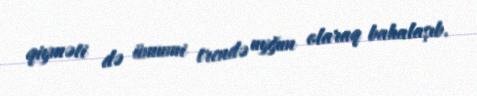
qiyməti də ümumi trendə uyğun olaraq bahalaşıb.